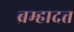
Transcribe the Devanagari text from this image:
ब्रम्हादत्त